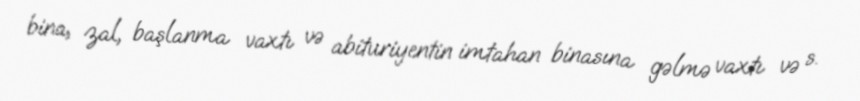
bina, zal, başlanma vaxtı və abituriyentin imtahan binasına gəlmə vaxtı və s.